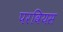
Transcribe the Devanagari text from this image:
परवियस